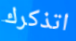
اتذكرك